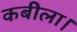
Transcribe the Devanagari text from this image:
कबीला।